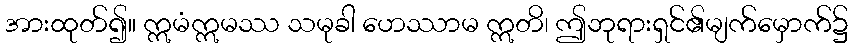
အားထုတ်၍။ ဣမံဣမဿ သမုခါ ဟေဿာမ ဣတိ၊ ဤဘုရားရှင်၏မျက်မှောက်၌